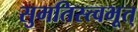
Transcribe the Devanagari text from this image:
सुमतिस्त्वभूत्